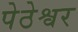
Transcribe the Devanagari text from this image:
पेठेश्वर